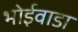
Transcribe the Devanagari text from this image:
भोईवाडा